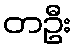
တဦး